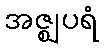
အဇ္ဈပရံ